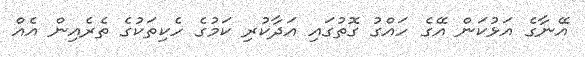
އޭނާގެ އަޅުކަން އޭގެ ހައްގު ގޮތުގައި އަދާކުރި ކަމުގެ ހެކިތަކުގެ ތެރެއިން އެއް